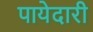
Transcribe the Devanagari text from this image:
पायेदारी